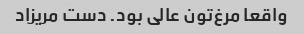
واقعا مرغ‌تون عالی بود. دست مریزاد